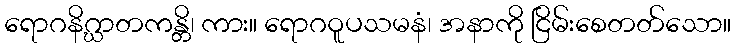
ရောဂနိဂ္ဃာတကန္တိ၊ ကား။ ရောဂဝူပသမနံ၊ အနာကို ငြိမ်းစေတတ်သော။